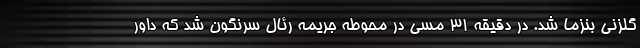
گلزنی بنزما شد. در دقیقه ۳۱ مسی در محوطه جریمه رئال سرنگون شد که داور